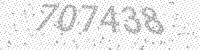
Solution: 707438